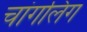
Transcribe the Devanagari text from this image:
चांगलिंग